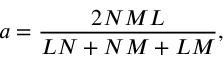
a = \frac { 2 N M L } { L N + N M + L M } ,